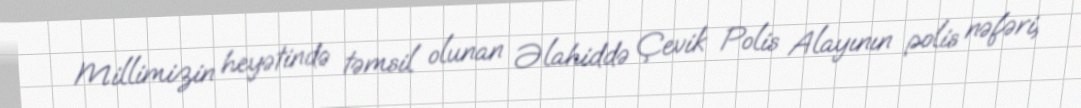
Millimizin heyətində təmsil olunan Əlahiddə Çevik Polis Alayının polis nəfəri,